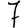
Digit: 7